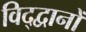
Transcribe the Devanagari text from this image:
विद्द्वानों